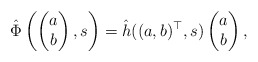
\begin{align*} \hat \Phi\left(\begin{pmatrix}a\\b\end{pmatrix},s\right) = \hat h((a,b)^\top,s) \begin{pmatrix}a\\b\end{pmatrix},\end{align*}